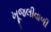
ખૂજલીવાળી